Newspaper: Arizona republican. [volume]
Place of publication: Phoenix, Ariz.
Publisher: Republican Pub. Co.
Date: 1895-03-29 00:00:00
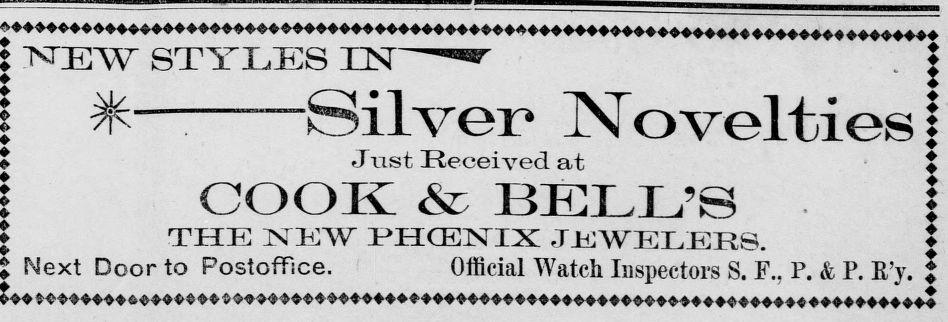
Advertisement text (OCR):
TsTEW STYLES UST"5 . THE NEW PHCENIX JEWELEE8. Next Door to Postoffice. Official Watch Inspectors S. F.. P. & P. R'v. t liver Novelties! J ust Received at COOK! & BELL'S
Label: text-only